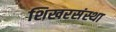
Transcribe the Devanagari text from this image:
शिखरसंस्था